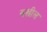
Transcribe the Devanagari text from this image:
सखील